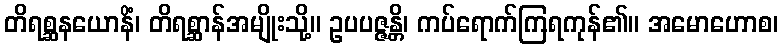
တိရစ္ဆနယောနိံ၊ တိရစ္ဆာန်အမျိုးသို့။ ဥပပဇ္ဇန္တိ၊ ကပ်ရောက်ကြရကုန်၏။ အမောဟောစ၊